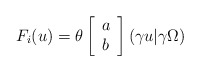
\begin{align*}F_i(u)=\theta \left[ \begin{array}{c} a \\ b \end{array} \right]\left(\gamma u|\gamma \Omega \right)\end{align*}